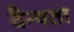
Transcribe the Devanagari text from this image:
दैन्यता